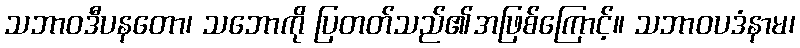
သဘာဝဒီပနတော၊ သဘောကို ပြတတ်သည်၏အဖြစ်ကြောင့်။ သဘာဝပဒံနာမ၊